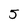
Character: 5